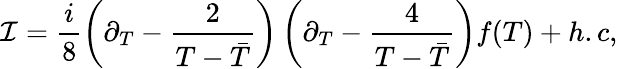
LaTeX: {\cal I}=\frac{i}{8}\left(\partial_{T}-\frac{2}{T-{\bar{T}}}\right)\left(\partial_{T}-\frac{4}{T-{\bar{T}}}\right)f(T)+h.c,